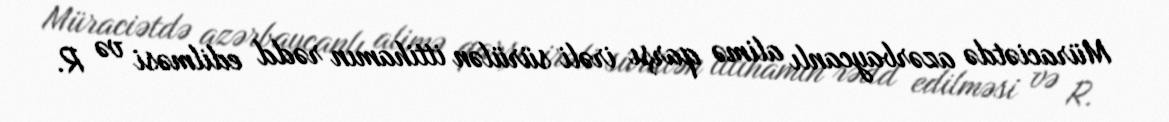
Müraciətdə azərbaycanlı alimə qarşı irəli sürülən ittihamın rədd edilməsi və R.